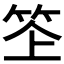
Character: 𥬧